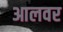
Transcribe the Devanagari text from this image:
आलवर